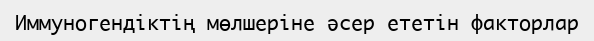
Иммуногендіктің мөлшеріне әсер ететін факторлар